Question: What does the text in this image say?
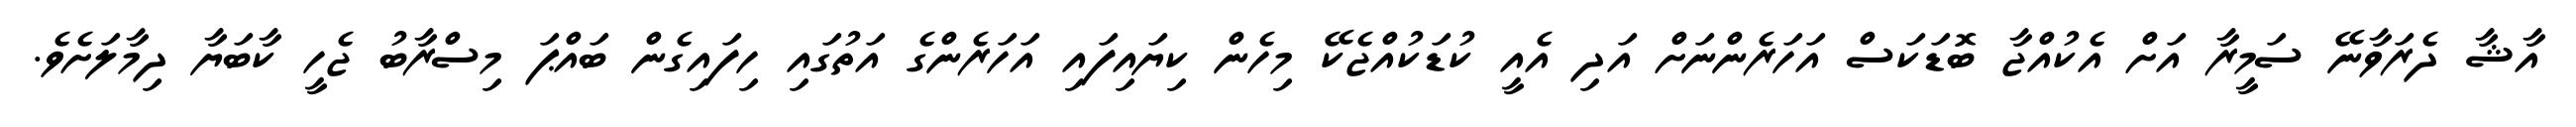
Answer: އާޝާ ދެރަވާނޭ ސަމީރާ އަށް އެކުއްޖާ ބޮޑަކަސް އަހަރެންނަށް އަދި އެއީ ކުޑަކުއްޖެކޭ މިހެން ކިޔައިފައި އަހަރެންގެ އަތުގައި ހިފައިގެން ބައްޕަ މިސްރާބު ޖެހީ ކާބަޔާ ދިމާލަށެވެ.